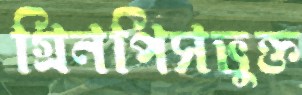
গ্রিনপিসভুক্ত